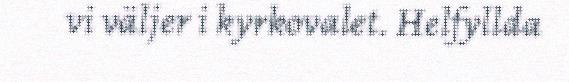
vi väljer i kyrkovalet. Helfyllda